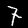
Digit: 7